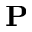
\mathbf { P }